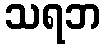
သရဘ